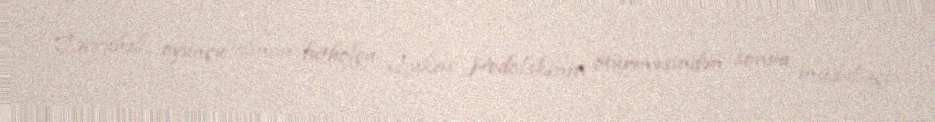
Təcrübəli oyunçu alman futbolçu Lukas Podolskinin ötürməsindən sonra müdafiəçi